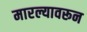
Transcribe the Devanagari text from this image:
मारल्यावरून